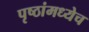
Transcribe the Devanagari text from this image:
पृष्ठांमध्येच